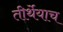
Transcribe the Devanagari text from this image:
तीर्थेयाच